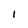
Character: 1